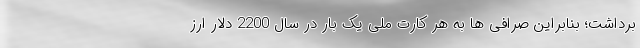
برداشت؛ بنابراین صرافی ها به هر کارت ملی یک بار در سال 2200 دلار ارز